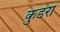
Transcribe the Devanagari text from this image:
कुडंरा